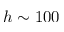
h \sim 1 0 0